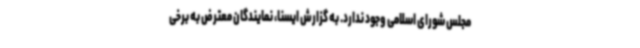
مجلس شورای اسلامی وجود ندارد. به گزارش ایسنا، نمایندگان معترض به برخی